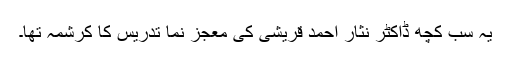
یہ سب کچھ ڈاکٹر نثار احمد قریشی کی معجز نما تدریس کا کرشمہ تھا۔